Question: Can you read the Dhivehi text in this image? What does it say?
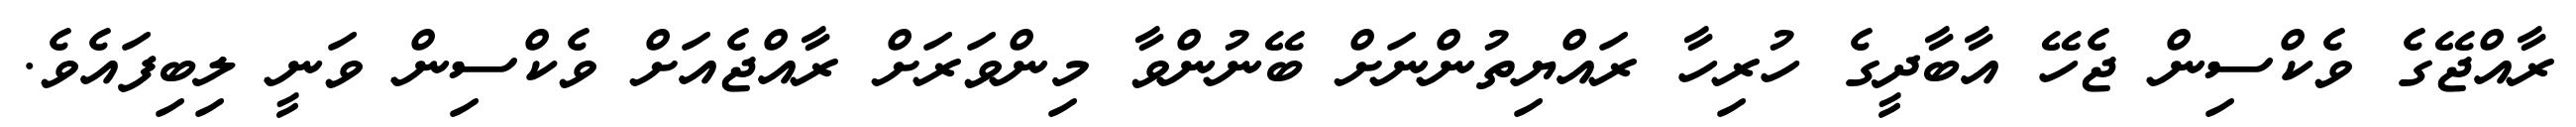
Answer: ރާއްޖޭގެ ވެކްސިން ޖެހޭ އާބާދީގެ ހުރިހާ ރައްޔިތުންނަށް ބޭނުންވާ މިންވަރަށް ރާއްޖެއަށް ވެކްސިން ވަނީ ލިބިފައެވެ.